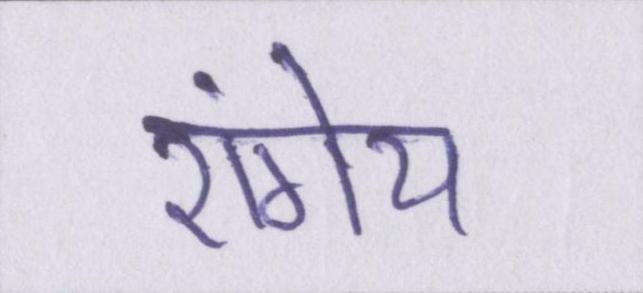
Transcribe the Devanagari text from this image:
रांगेय